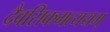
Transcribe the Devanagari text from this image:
दैवसिकमत्ययम्‌